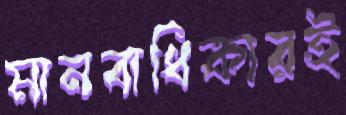
মানবাধিকারই